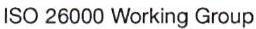
ISO 26000 Working Group